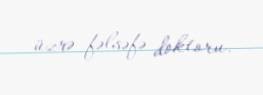
üzrə fəlsəfə doktoru.